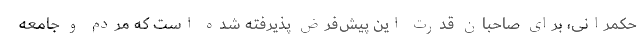
حکمرانی، برای صاحبان قدرت این پیش‌فرض پذیرفته‌ شده است که مردم و جامعه